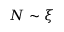
N \sim \xi